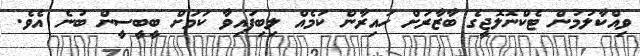
ވިއްކާލުމުން ޓެކްނޮލޮޖީގެ ބާޒާރަށް ހައިރާން ކަމެއް ލިބިފައިވާ ކަމަށް ބީބީސީން ބުނެ އެވެ.